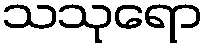
သသုရော